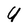
Character: U